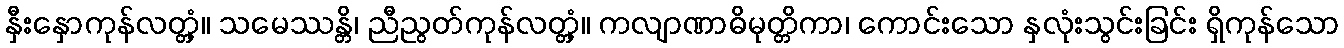
နှီးနှောကုန်လတ္တံ့။ သမေဿန္တိ၊ ညီညွတ်ကုန်လတ္တံ့။ ကလျာဏာဓိမုတ္တိကာ၊ ကောင်းသော နှလုံးသွင်းခြင်း ရှိကုန်သော